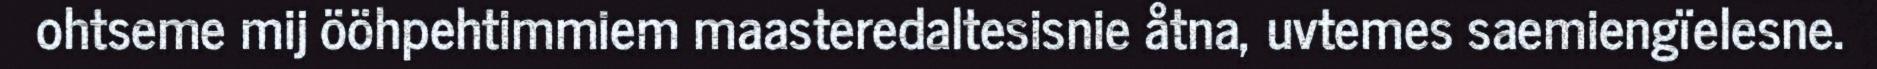
ohtseme mij ööhpehtimmiem maasteredaltesisnie åtna, uvtemes saemiengïelesne.